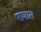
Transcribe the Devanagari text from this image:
रामात